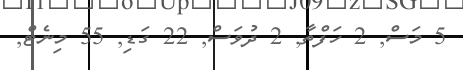
5 މަސް